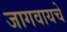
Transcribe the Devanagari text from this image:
जागवायचे